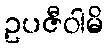
ဥပဇီဝါမိ